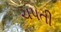
ચપતી